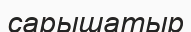
сарышатыр